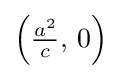
\left({\tfrac {a^{2}}{c}},\,0\right)